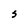
Character: S